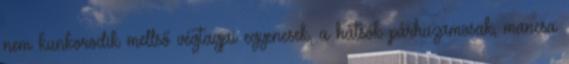
nem kunkorodik mellső végtagjai egyenesek, a hátsók párhuzamosak, mancsa